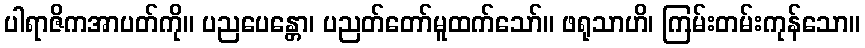
ပါရာဇိကအာပတ်ကို။ ပညပေန္တော၊ ပညတ်တော်မူထက်သော်။ ဖရုသာဟိ၊ ကြမ်းတမ်းကုန်သော။